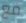
مع